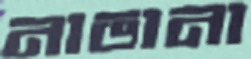
নাভানা